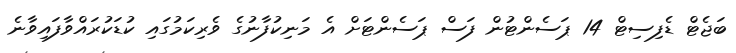
ބަޖެޓް ޑެފިސިޓް 14 ޕަސެންޓުން ފަސް ޕަސެންޓަށް އެ މަނިކުފާނުގެ ވެރިކަމުގައި ކުޑަކުރައްވާފައިވާނެ